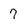
Character: 7